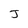
Character: J